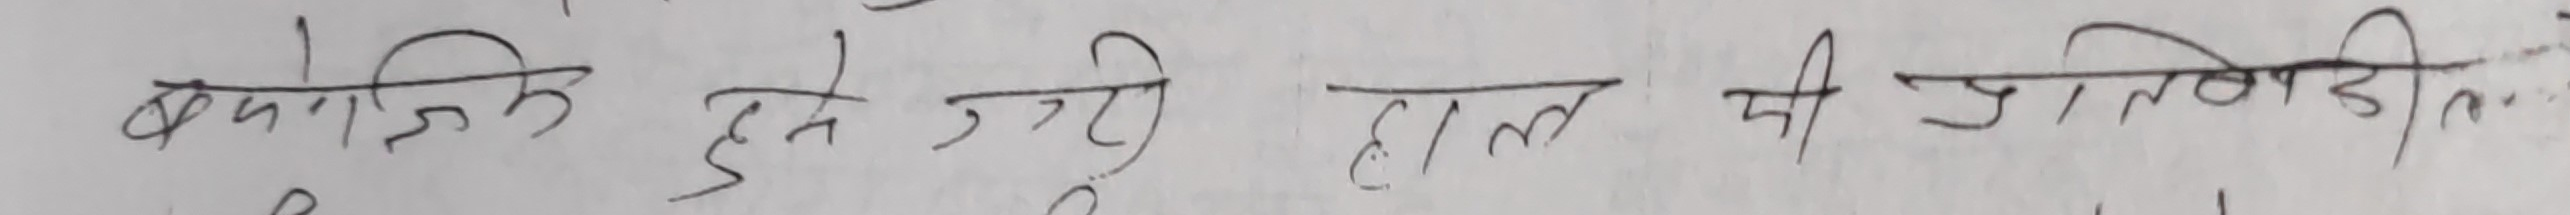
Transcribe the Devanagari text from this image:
क्योंकि हमें जुड़ी हालत की त्रुटि